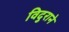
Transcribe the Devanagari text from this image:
विदुराने